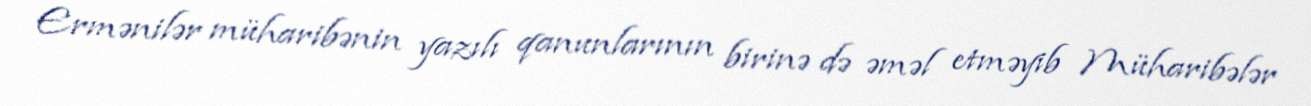
Ermənilər müharibənin yazılı qanunlarının birinə də əməl etməyib Müharibələr